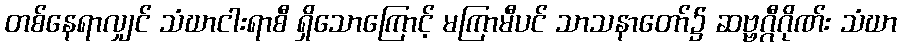
တစ်နေရာလျှင် သံဃာငါးရာစီ ရှိသောကြောင့် မကြာမီပင် သာသနာတော်၌ ဆဗ္ဗဂ္ဂီဂိုဏ်း သံဃာ